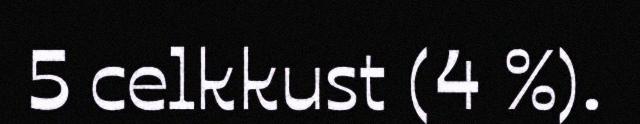
5 celkkust (4 %).